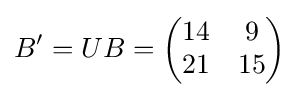
B'=UB={\begin{pmatrix}14&9\\21&15\\\end{pmatrix}}